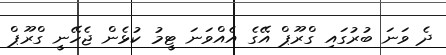
ދެ ވަނަ ބުރުގައި ގްރޫޕް އޭގެ އެއްވަނަ ޓީމު ކުޅެން ޖެހޭނީ ގްރޫޕް